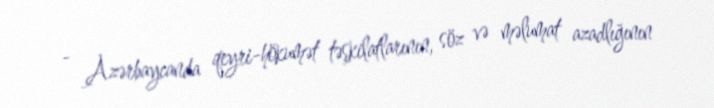
- Azərbaycanda qeyri-hökumət təşkilatlarının, söz və məlumat azadlığının